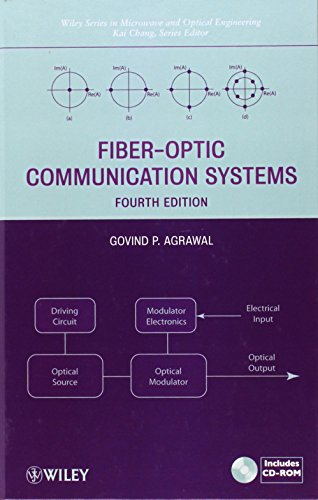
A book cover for Fiber-Optic Communication Systems; Govind P. Agrawal; Science & Math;